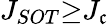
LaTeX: J_{{SOT}}{\ge}J_{\mathfrak{c}}